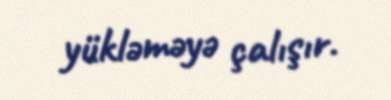
yükləməyə çalışır.